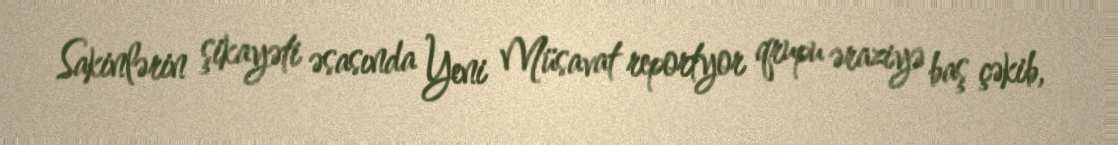
Sakinlərin şikayəti əsasında Yeni Müsavat reportyor qrupu əraziyə baş çəkib,